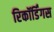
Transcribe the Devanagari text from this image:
रिकॉर्डिंगस